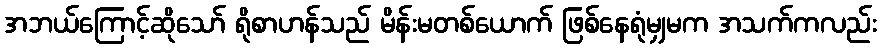
အဘယ်ကြောင့်ဆိုသော် ရိုစာဟန်သည် မိန်းမတစ်ယောက် ဖြစ်နေရုံမျှမက အသက်ကလည်း